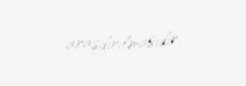
araşdırılmasıdır.